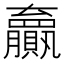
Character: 𫎣